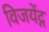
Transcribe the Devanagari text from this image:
विजयेंद्ग